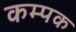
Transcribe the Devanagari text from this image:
कम्पक